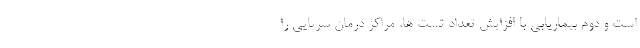
است و دوم بیماریابی با افزایش تعداد تست ها، مراکز درمان سرپایی را